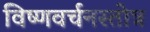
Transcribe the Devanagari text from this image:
विष्णवर्चनस्तोत्र